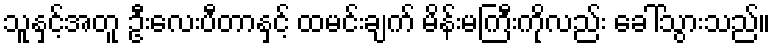
သူနှင့်အတူ ဦးလေးပီတာနှင့် ထမင်းချက် မိန်းမကြီးကိုလည်း ခေါ်သွားသည်။